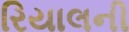
રિયાલની